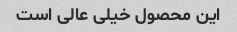
این محصول خیلی عالی است